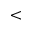
<